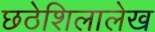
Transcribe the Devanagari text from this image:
छठेशिलालेख